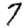
Digit: 7